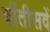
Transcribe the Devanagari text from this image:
चौंतीसवें